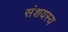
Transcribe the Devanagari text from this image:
संशयस्य